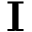
\mathbf { I }